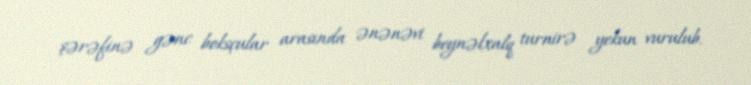
şərəfinə gənc boksçular arasında ənənəvi beynəlxalq turnirə yekun vurulub.